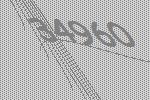
34960